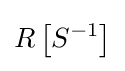
R\left[S^{-1}\right]